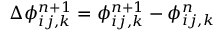
\Delta \phi _ { i j , k } ^ { n + 1 } = \phi _ { i j , k } ^ { n + 1 } - \phi _ { i j , k } ^ { n }